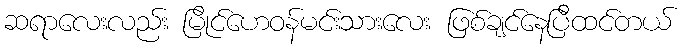
ဆရာလေးလည်း မြိုင်ဟေဝန်မင်းသားလေး ဖြစ်ချင်နေပြီထင်တယ်